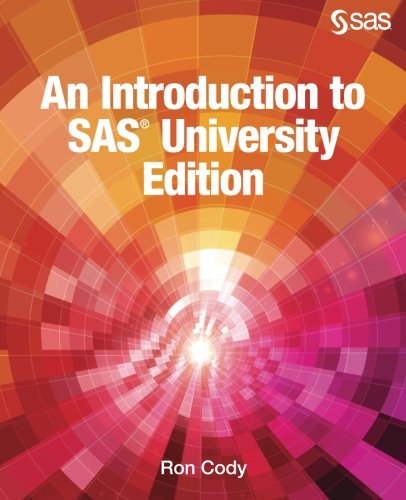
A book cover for An Introduction to SAS University Edition; Ron Cody; Computers & Technology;